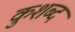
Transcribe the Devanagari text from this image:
कुशब्द